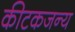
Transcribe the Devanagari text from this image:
कीटकजन्य